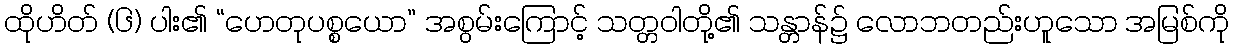
ထိုဟိတ် (၆) ပါး၏ “ဟေတုပစ္စယော” အစွမ်းကြောင့် သတ္တဝါတို့၏ သန္တာန်၌ လောဘတည်းဟူသော အမြစ်ကို